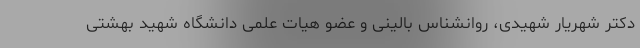
دکتر شهریار شهیدی، روانشناس بالینی و عضو هیات علمی دانشگاه شهید بهشتی